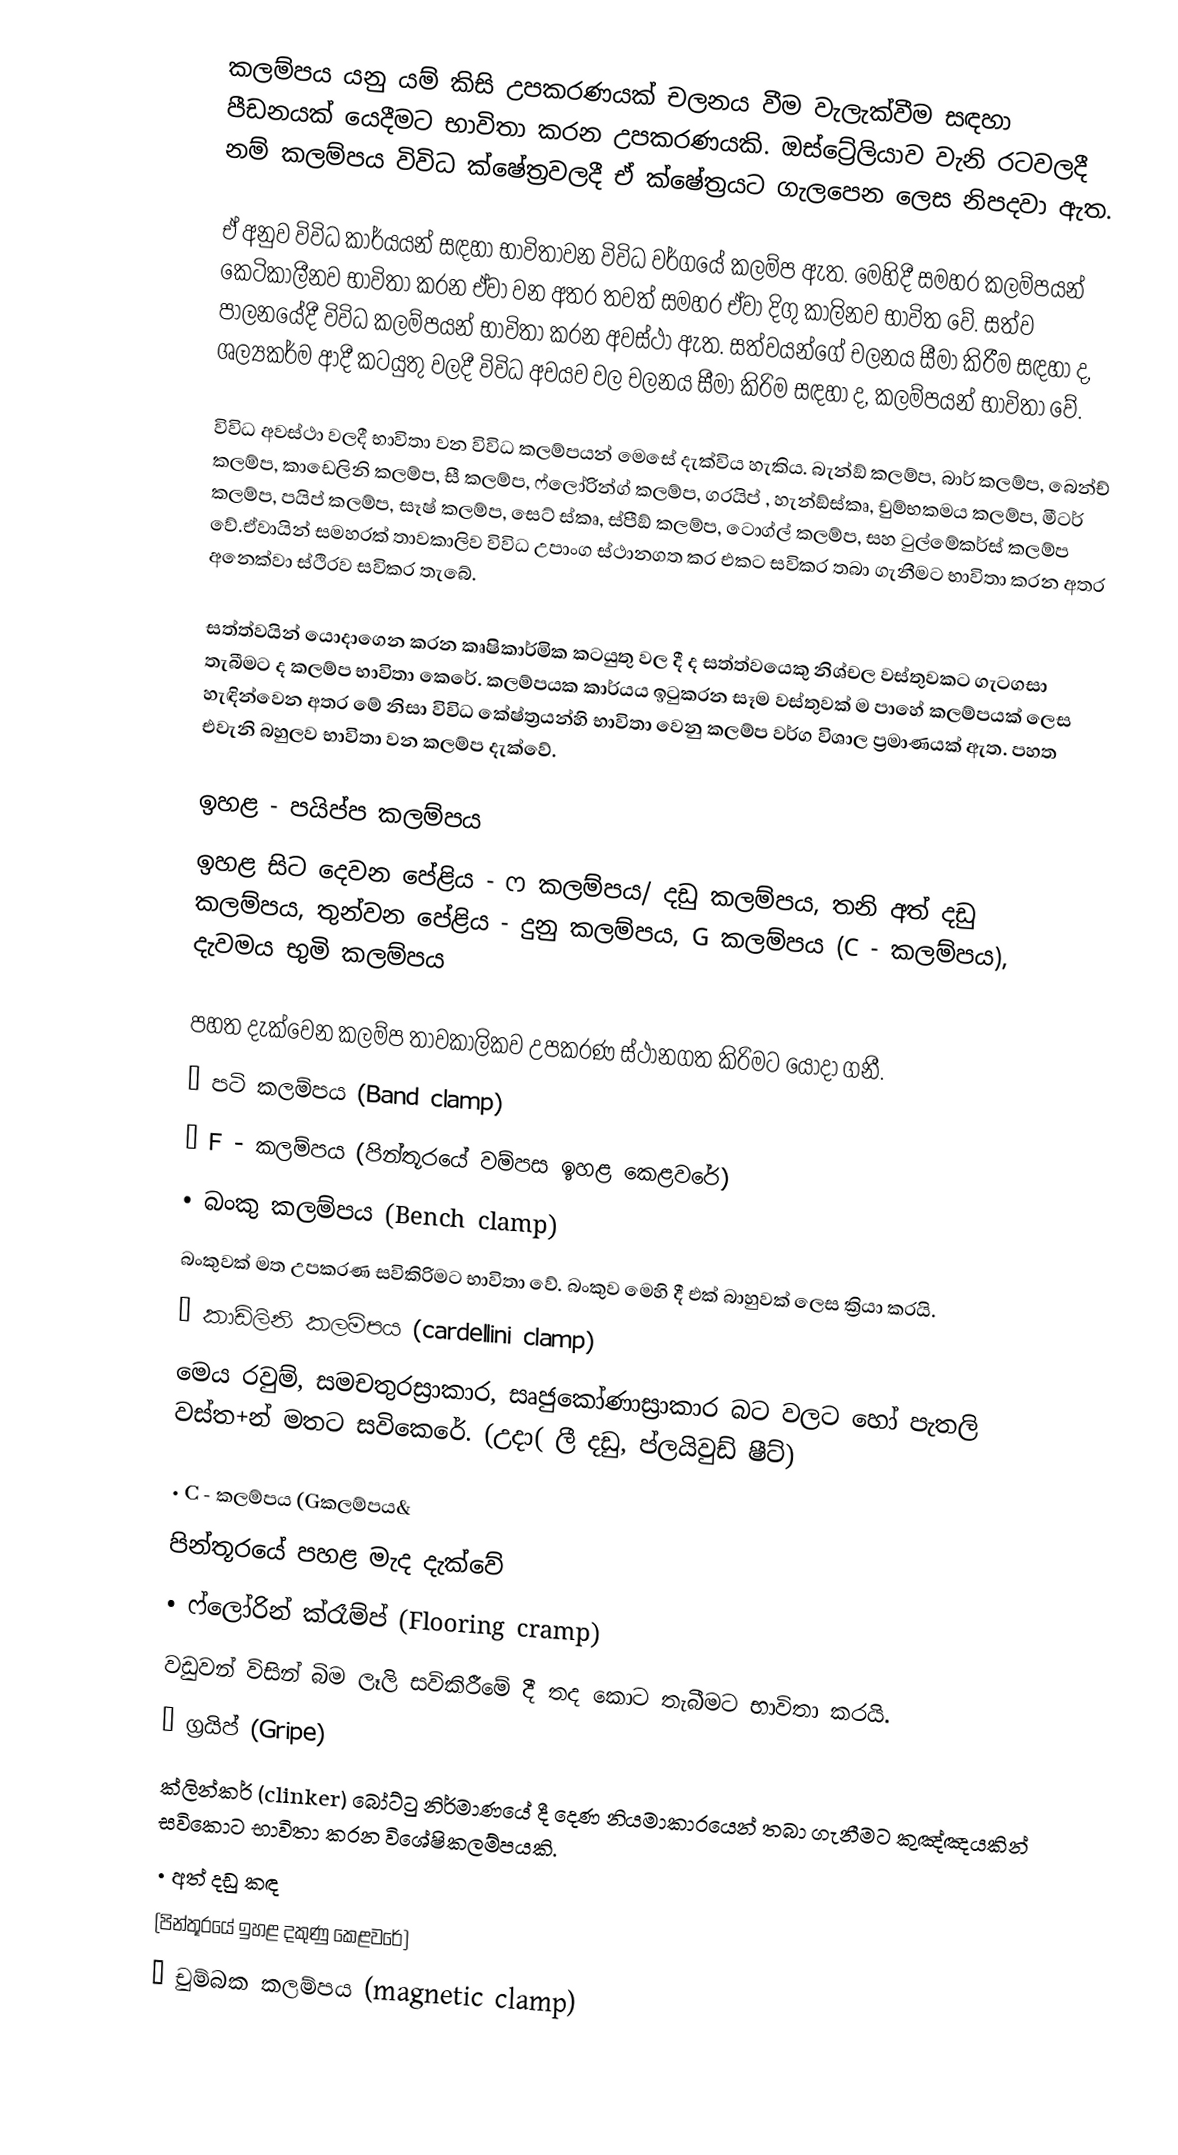
කලම්පය යනු යම් කිසි උපකරණයක් චලනය වීම වැලැක්වීම සඳහා පීඩනයක් යෙදීමට භාවිතා කරන උපකරණයකි. ඔස්ට්‍රේලියාව වැනි රටවලදී නම් කලම්පය විවිධ ක්ෂේත‍්‍රවලදී ඒ ක්ෂේත‍්‍රයට ගැලපෙන ලෙස නිපදවා ඇත.

ඒ අනුව විවිධ කාර්යයන් සඳහා භාවිතාවන විවිධ වර්ගයේ කලම්ප ඇත. මෙහිදී සමහර කලම්පයන් කෙටිකාලීනව භාවිතා කරන ඒවා වන අතර තවත් සමහර ඒවා දිගු කාලිනව භාවිත වේ. සත්ව පාලනයේදී විවිධ කලම්පයන් භාවිතා කරන අවස්ථා ඇත. සත්වයන්ගේ චලනය සීමා කිරීම සඳහා ද, ශල්‍යකර්ම ආදී කටයුතු වලදී විවිධ අවයව වල චලනය සීමා කිරිම සඳහා ද, කලම්පයන් භාවිතා වේ.

විවිධ අවස්ථා වලදී භාවිතා වන විවිධ කලම්පයන් මෙසේ දැක්විය හැකිය. බැන්ඞ් කලම්ප, බාර් කලම්ප, බෙන්ච් කලම්ප, කාඩෙලිනි කලම්ප, සී කලම්ප, ෆ්ලෝරින්ග් කලම්ප, ග‍්‍රයිප් , හැන්ඞ්ස්කෘ, චුම්භකමය කලම්ප, මීටර් කලම්ප, පයිප් කලම්ප, සෑෂ් කලම්ප, සෙට් ස්කෘ, ස්පීඞ් කලම්ප, ටොග්ල් කලම්ප, සහ ටුල්මේකර්ස් කලම්ප වේ.ඒවායින් සමහරක් තාවකාලිව විවිධ උපාංග ස්ථානගත කර එකට සවිකර තබා ගැනීමට භාවිතා කරන අතර අනෙක්වා ස්ථිරව සවිකර තැබේ.

සත්ත්වයින් යොදාගෙන කරන කෘෂිකාර්මික කටයුතු වල දී ද සත්ත්වයෙකු නිශ්චල වස්තුවකට ගැටගසා තැබීමට ද කලම්ප භාවිතා කෙරේ. කලම්පයක කාර්යය ඉටුකරන සෑම වස්තුවක් ම පාහේ කලම්පයක් ලෙස හැඳින්වෙන අතර මේ නිසා විවිධ කේෂ්ත්‍රයන්හි භාවිතා වෙනු කලම්ප වර්ග විශාල ප්‍රමාණයක් ඇත. පහත එවැනි බහුලව භාවිතා වන කලම්ප දැක්වේ.

ඉහළ - පයිප්ප කලම්පය
ඉහළ සිට දෙවන පේළිය - ෆ කලම්පය/ දඩු කලම්පය, තනි අත් දඩු කලම්පය, තුන්වන පේළිය - දුනු කලම්පය, G කලම්පය (C - කලම්පය), දැවමය භුමි කලම්පය

පහත දැක්වෙන කලම්ප තාවකාලිකව උපකරණ ස්ථානගත කිරිමට යොදා ගනී.
•	පටි කලම්පය (Band clamp)
•	F - කලම්පය (පින්තූරයේ වම්පස ඉහළ කෙළවරේ)
•	බංකු කලම්පය (‍Bench clamp)
බංකුවක් මත උපකරණ සවිකිරිමට භාවිතා වේ. බංකුව මෙහි දී එක් බාහුවක් ලෙස ක්‍රියා කරයි.
•	කාඩ්ලිනි කලම්පය (cardellini clamp)
මෙය රවුම්, සමචතුරස්‍රාකාර, සෘජුකෝණාස්‍රාකාර බට වලට හෝ පැතලි වස්ත+න් මතට සවිකෙරේ. (උදා( ලී දඩු, ප්ලයිවුඩ් ෂීට්)

•	C - කලම්පය (Gකලම්පය&
පින්තූරයේ පහළ මැද දැක්වේ
•	ෆ්ලෝරින් ක්රෑම්ප් (Flooring cramp)
වඩුවන් විසින් බිම ලෑලි සවිකිරීමේ දී තද කොට තැබීමට භාවිතා කරයි.
•	ග්‍රයිප් (Gripe)
ක්ලින්කර් (clinker) බෝට්ටු නිර්මාණයේ දී දෙණ නියමාකාරයෙන් තබා ගැනීමට කුඤ්ඤයකින් සවිකොට භාවිතා කරන විශේෂිකලම්පයකි.
•	අත් දඩු කඳ
(පින්තූරයේ ඉහළ දකුණු කෙළවරේ)
•	චුම්බක කලම්පය (magnetic clamp)